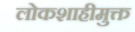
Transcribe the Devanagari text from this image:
लोकशाहीमुक्त